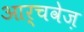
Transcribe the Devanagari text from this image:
आर्चवेज़